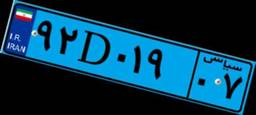
۹۲D۰۱۹۰۷